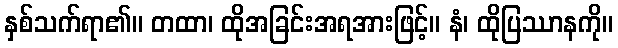
နှစ်သက်ရာ၏။ တထာ၊ ထိုအခြင်းအရအားဖြင့်။ နံ၊ ထိုပြဿာနကို။